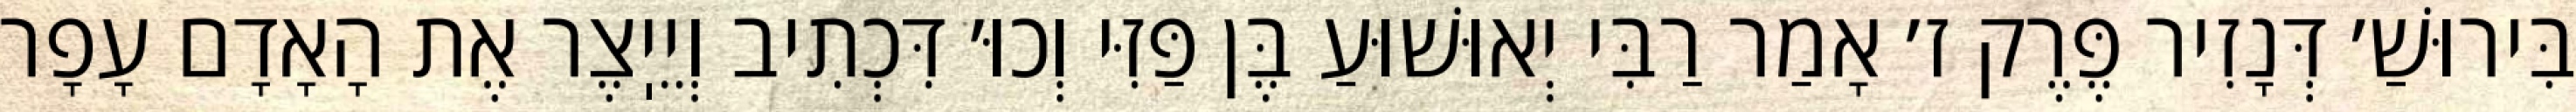
בִּירוּשַׁ׳ דְּנָזִיר פֶּרֶק ז׳ אָמַר רַבִּי יְאוּשׁוּעַ בֶּן פַּזִּי וְכוּ׳ דִּכְתִיב וְיֵיֽצֶר אֶת הָאָדָם עָפָר